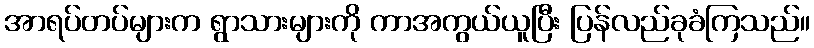
အာရပ်တပ်များက ရွာသားများကို ကာအကွယ်ယူပြီး ပြန်လည်ခုခံကြသည်။